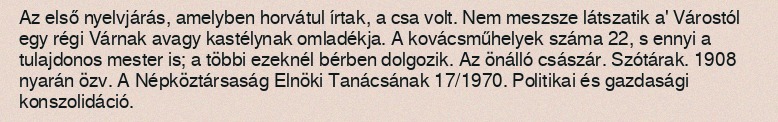
Az első nyelvjárás, amelyben horvátul írtak, a csa volt. Nem meszsze látszatik a' Várostól egy régi Várnak avagy kastélynak omladékja. A kovácsműhelyek száma 22, s ennyi a tulajdonos mester is; a többi ezeknél bérben dolgozik. Az önálló császár. Szótárak. 1908 nyarán özv. A Népköztársaság Elnöki Tanácsának 17/1970. Politikai és gazdasági konszolidáció.